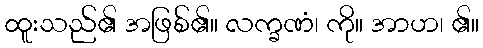
ထူးသည်၏ အဖြစ်၏။ လက္ခဏံ၊ ကို။ အာဟ၊ ၏။